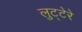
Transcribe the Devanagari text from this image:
लुट्टेरे